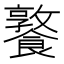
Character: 𩞤